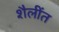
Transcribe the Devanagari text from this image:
शैलींत